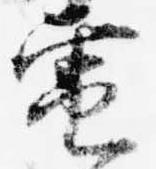
電